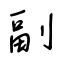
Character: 副